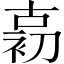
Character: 𱓱